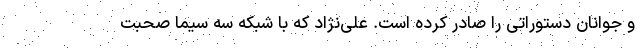
و جوانان دستوراتی را صادر کرده است. علی‌نژاد که با شبکه سه سیما صحبت